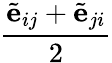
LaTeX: \frac{\tilde{\mathbf{e}}_{ij}+\tilde{\mathbf{e}}_{ji}}{2}